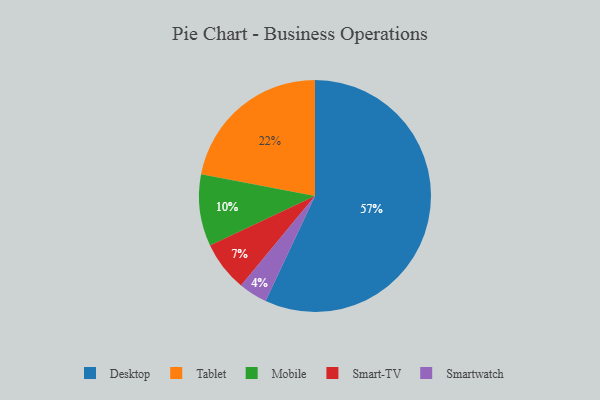
{"axis": {"x": "Category", "y": "Percentage"}, "legend": ["Desktop", "Mobile", "Smart-TV", "Smartwatch", "Tablet"], "data": [{"x": "Smart-TV", "y": 7, "type": "Smart-TV"}, {"x": "Smartwatch", "y": 4, "type": "Smartwatch"}, {"x": "Desktop", "y": 57, "type": "Desktop"}, {"x": "Mobile", "y": 10, "type": "Mobile"}, {"x": "Tablet", "y": 22, "type": "Tablet"}]}